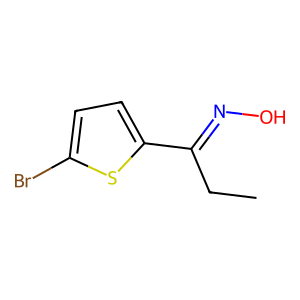
SMILES: CCC(=NO)c1ccc(Br)s1
Inhibits HIV replication: No